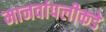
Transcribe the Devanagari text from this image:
मानवांपलीकडे